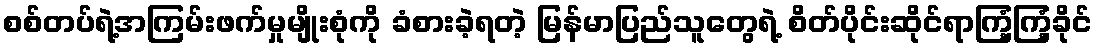
စစ်တပ်ရဲ့အကြမ်းဖက်မှုမျိုးစုံကို ခံစားခဲ့ရတဲ့ မြန်မာပြည်သူတွေရဲ့ စိတ်ပိုင်းဆိုင်ရာကြံ့ကြံ့ခိုင်